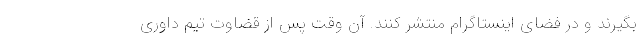
بگیرند و در فضای اینستاگرام منتشر کنند. آن وقت پس از قضاوت تیم داوری